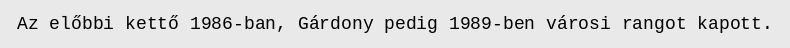
Az előbbi kettő 1986-ban, Gárdony pedig 1989-ben városi rangot kapott.